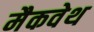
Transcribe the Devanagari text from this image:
मैकवेथ